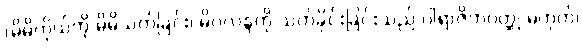
(မိမိကိုယ်ကို မိမိသတ်ခြင်း၊ မိဂလန္ဒကို သတ်ခိုင်းခြင်းသည် ပါရာဇိကဝတ္ထု မဟုတ်၊